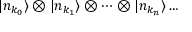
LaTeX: | n _ { k _ { 0 } } \rangle \otimes | n _ { k _ { 1 } } \rangle \otimes \dots \otimes | n _ { k _ { n } } \rangle \dots